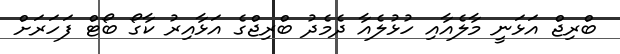
ބްރިޖް އަޅަނީ މާލެއާއި ހުޅުލެއާ ދެމެދު ބްރިޖްގެ އަޅާއިރު ކާގޯ ބޯޓް ފަހަރަށް